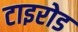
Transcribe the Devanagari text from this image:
टाइरोड